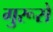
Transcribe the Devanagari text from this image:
गुरूसे